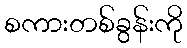
စကားတစ်ခွန်းကို